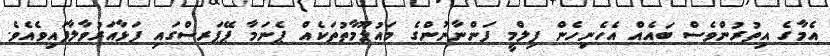
އެމާގެ އިތުރުންވެސް ބައެއް އެހެނިހެން ފިލްމީ ފަންނާނުންގެ މައުލޫމާތުތަކެއް ޕެނަމާ ޕޭޕަރސްގައި ފަޅާއަރުވާލާފައިވެއެވެ.